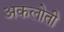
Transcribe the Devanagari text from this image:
अकलोती